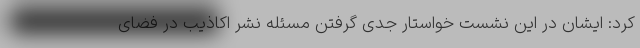
کرد: ایشان در این نشست خواستار جدی گرفتن مسئله نشر اکاذیب در فضای